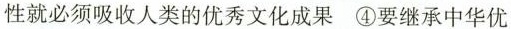
性就必须吸收人类的优秀文化成果 ④要继承中华优